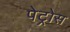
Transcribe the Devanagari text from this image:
पेट्रोस